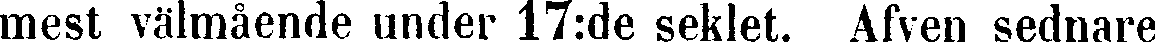
mest välmående under 17:de seklet. Afven sednare